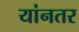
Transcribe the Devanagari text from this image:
यांनतर